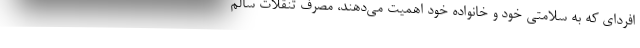
افردای که به سلامتی خود و خانواده خود اهمیت می‌دهند، مصرف تنقلات سالم